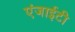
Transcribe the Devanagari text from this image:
एंजाईटी